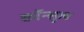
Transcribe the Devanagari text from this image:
कॉन्सुल